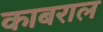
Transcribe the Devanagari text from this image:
काबराल